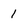
Character: 1